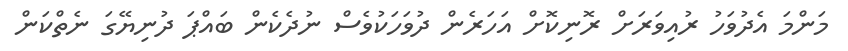
މަންމަ އެދުވަހު ރުއިވަރަށް ރޮނިކޮށް އަހަރެން ދުވަހަކުވެސް ނުދެކެން ބައްޕަ ދުނިޔޭގަ ނެތްކަން